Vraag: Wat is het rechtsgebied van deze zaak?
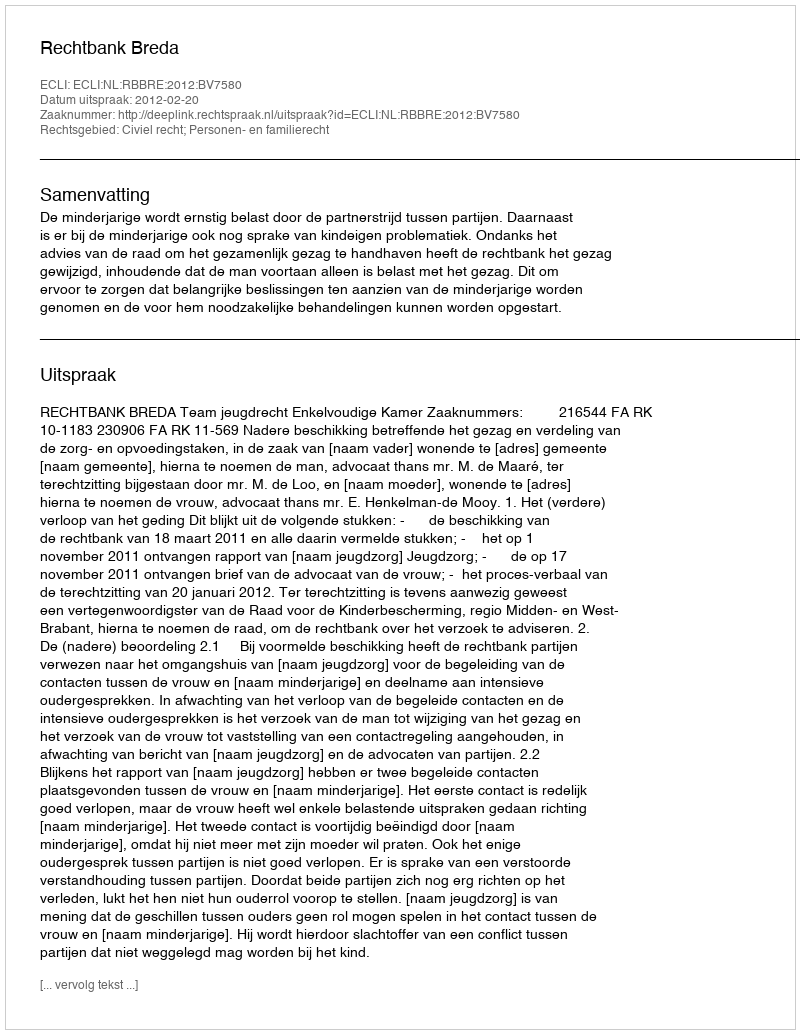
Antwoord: Civiel recht; Personen- en familierecht